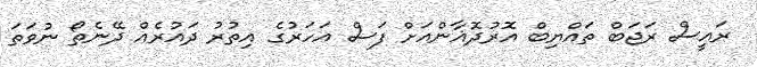
ރައީސް ރަޖަބް ތައްޔިބް އޮރުދޮޣާންއަށް ފަސް އަހަރުގެ އިތުުރު ދައުރެެއް ދޭނެތޯ ނުވަތަ